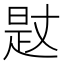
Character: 𣈡